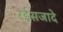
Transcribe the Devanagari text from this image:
रईसजादे